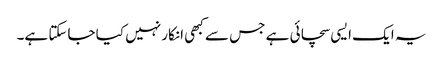
یہ ایک ایسی سچائی ہے جس سے کبھی انکار نہیں کیا جاسکتا ہے۔